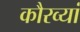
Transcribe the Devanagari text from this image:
कौरव्यां